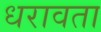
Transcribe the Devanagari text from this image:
धरावता